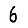
Digit: 6